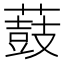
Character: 薣